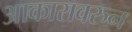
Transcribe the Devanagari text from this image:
आकारावरुन